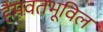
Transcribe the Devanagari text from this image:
हैमवतभूविल